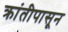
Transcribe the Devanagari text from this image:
क्रांतीपासून